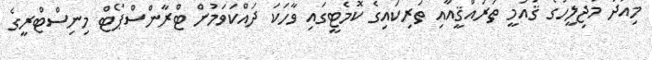
މިއަދު މަޖިލީހުގެ ޤައުމީ ތަރައްޤީއާއި ތަރިކައިގެ ކޮމެޓީގައި ވާހަކަ ދައްކަވަމުން ޓްރާންސްޕޯޓް މިނިސްޓްރީގެ